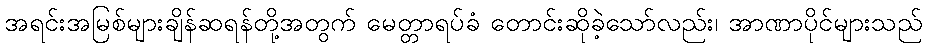
အရင်းအမြစ်များချိန်ဆရန်တို့အတွက် မေတ္တာရပ်ခံ တောင်းဆိုခဲ့သော်လည်း၊ အာဏာပိုင်များသည်